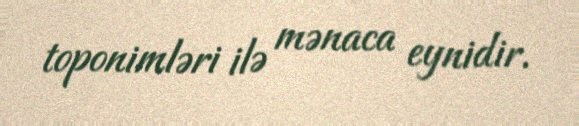
toponimləri ilə mənaca eynidir.